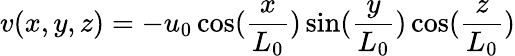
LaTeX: v(x,y,z)=-u_{0}\cos(\frac{x}{L_{0}})\sin(\frac{y}{L_{0}})\cos(\frac{z}{L_{0}})